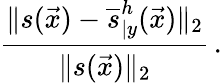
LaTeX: \frac{\| s(\vec{x})-\overline{{s}}_{\vert y}^{h}(\vec{x})\| _{2}}{\| s(\vec{x})\| _{2}}\, .